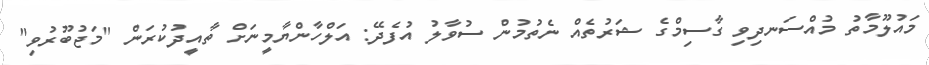
މައުލޫމާތު މުއްސަނދިވި ގާސިމްގެ ޝަރުތެއް ނެތުމުން ސުވާލު އުފެދޭ: އަލްހާންޔާމީނަށް ތާއީދުކުރަން "މަޖުބޫރުވި"